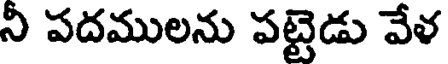
ని పదములను పట్టెడు వేళ